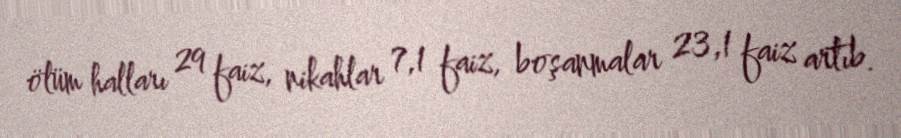
ölüm halları 29 faiz, nikahlar 7,1 faiz, boşanmalar 23,1 faiz artıb.